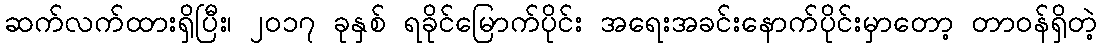
ဆက်လက်ထားရှိပြီး၊ ၂၀၁၇ ခုနှစ် ရခိုင်မြောက်ပိုင်း အရေးအခင်းနောက်ပိုင်းမှာတော့ တာဝန်ရှိတဲ့